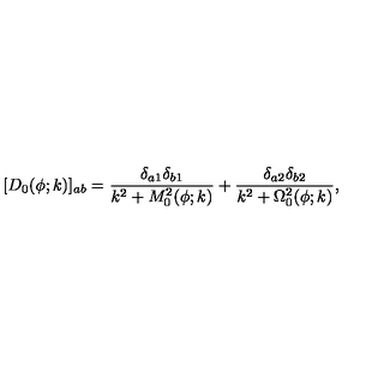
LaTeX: [ D _ { 0 } ( \phi ; k ) ] _ { a b } = { \frac { \delta _ { a 1 } \delta _ { b 1 } } { k ^ { 2 } + M _ { 0 } ^ { 2 } ( \phi ; k ) } } + { \frac { \delta _ { a 2 } \delta _ { b 2 } } { k ^ { 2 } + \Omega _ { 0 } ^ { 2 } ( \phi ; k ) } } ,